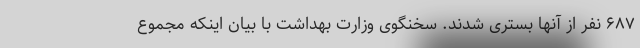
۶۸۷ نفر از آنها بستری شدند. سخنگوی وزارت بهداشت با بیان اینکه مجموع